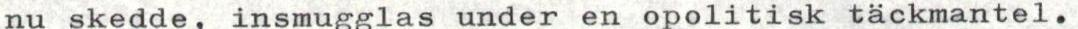
nu skedde, insmugglas under en opolitisk täckmantel.